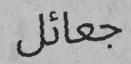
جعائل